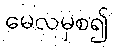
မေလမှစ၍